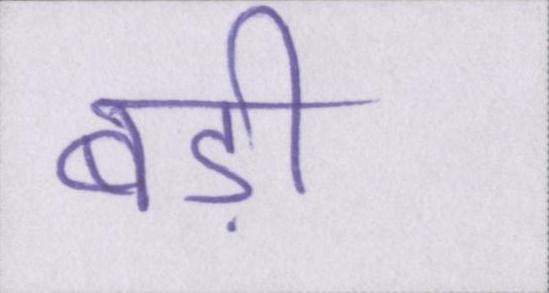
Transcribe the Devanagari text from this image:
बड़ी